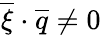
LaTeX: \overline{{\xi}}\cdot\overline{{q}}\neq 0